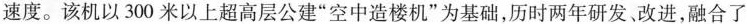
速度。该机以300米以上超高层公建”空中造楼机”为基础，历时两年研发、改进，融合了